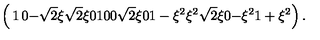
\left( \begin{matrix} { 1 } & { 0 } & { - \sqrt { 2 } \xi } & { \sqrt { 2 } \xi } \\ { 0 } & { 1 } & { 0 } & { 0 } \\ { \sqrt { 2 } \xi } & { 0 } & { 1 - \xi ^ { 2 } } & { \xi ^ { 2 } } \\ { \sqrt { 2 } \xi } & { 0 } & { - \xi ^ { 2 } } & { 1 + \xi ^ { 2 } } \\ \end{matrix} \right) .